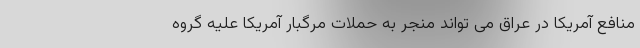
منافع آمریکا در عراق می تواند منجر به حملات مرگبار آمریکا علیه گروه